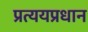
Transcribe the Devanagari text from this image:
प्रत्ययप्रधान